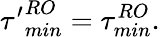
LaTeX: {\tau^{\prime}}_{min}^{RO}=\tau_{min}^{RO}.